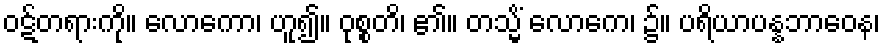
ဝဋ်တရားကို။ လောကော၊ ဟူ၍။ ဝုစ္စတိ၊ ၏။ တသ္မိံ လောကေ၊ ၌။ ပရိယာပန္နဘာဝေန၊